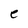
Character: e